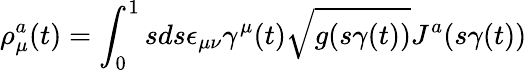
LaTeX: \rho_{\mu}^{a}(t)=\int_{0}^{1}sds\epsilon_{\mu\nu}\gamma^{\mu}(t)\sqrt{g(s\gamma(t))}J^{a}(s\gamma(t))